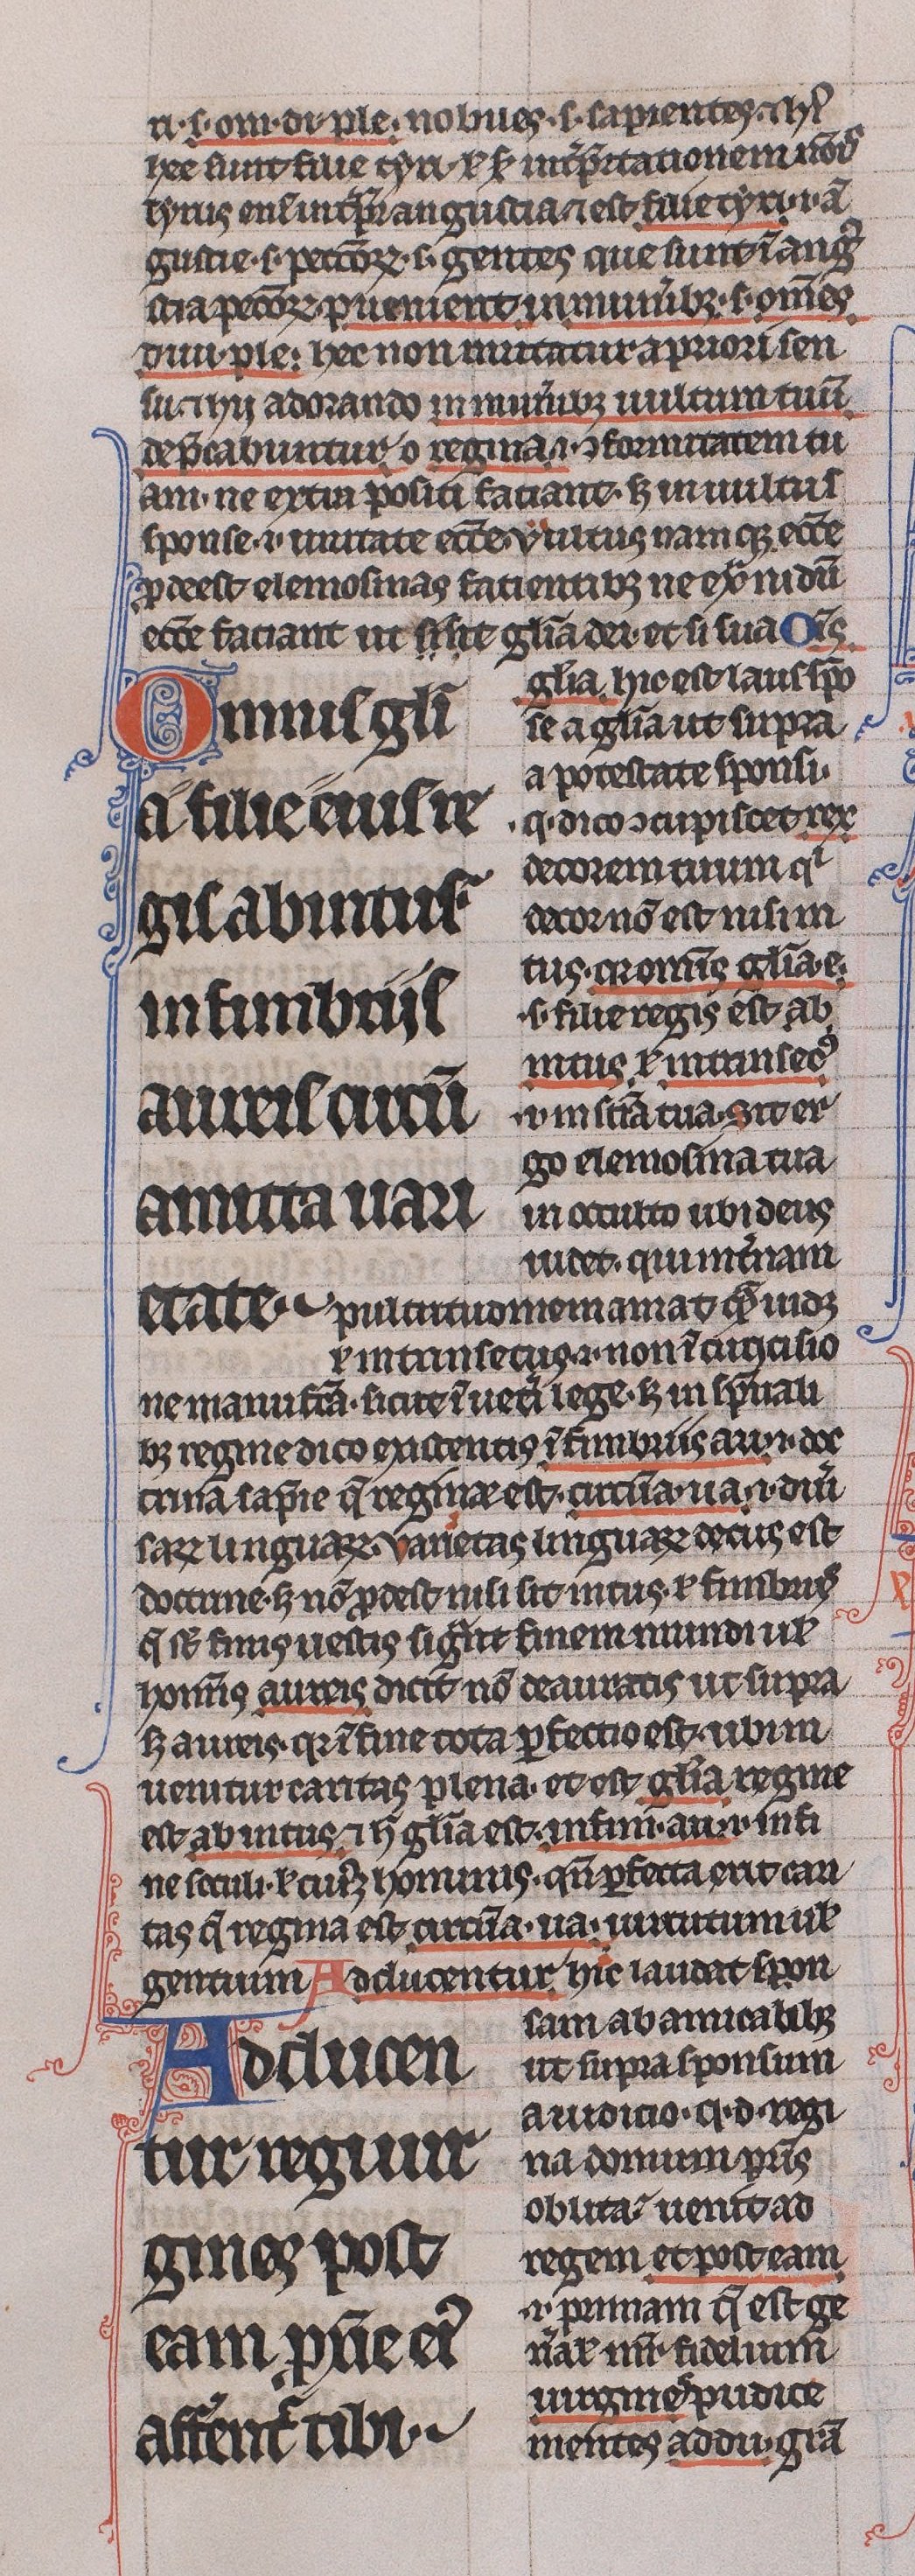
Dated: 1225–1250